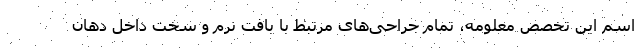
اسم این تخصص معلومه، تمام جراحی‌های مرتبط با بافت نرم و سخت داخل دهان